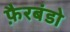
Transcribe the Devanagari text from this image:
फ़ैरबंडो